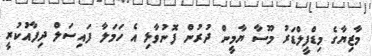
މާޒިޔާގެ މިޑްފީލްޑަރު މޫސާ ޔާމީން ދުރުން ފޮނުވާލި އެ ހަމަލާ ފައިސަލް ދިފާއުކުރީ